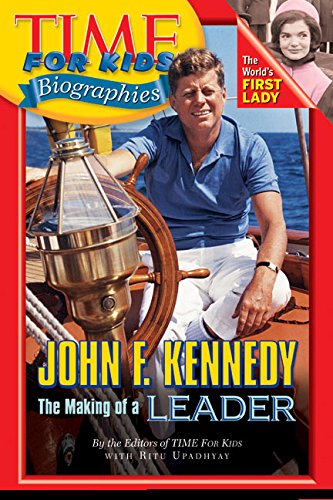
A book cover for Time For Kids: John F. Kennedy: The Making of a Leader (Time for Kids Biographies); Editors of TIME For Kids; Children's Books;